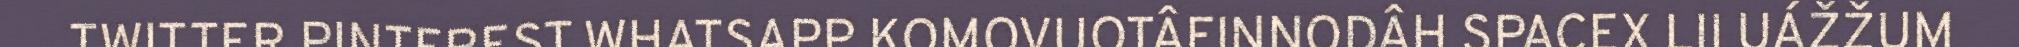
TWITTER PINTEREST WHATSAPP KOMOVUOTÂFINNODÂH SPACEX LII UÁŽŽUM